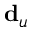
\mathbf { d } _ { u }